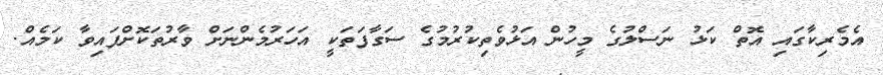
އެމެރިިކާގައި އޮތް ކަޅު ނަސްލުގެ މީހުން އަޅުވެތިކުރުމުގެ ސަގާފަތަކީ އަހަރުމެންނަށް ވާރުތަކޮށްފައިވާ ކަމެއް.